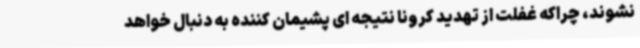
نشوند، چراکه غفلت از تهدید کرونا نتیجه ای پشیمان کننده به دنبال خواهد